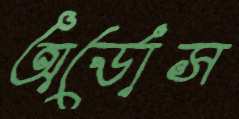
অর্ডোস